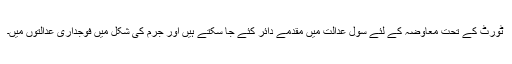
ٹورٹ کے تحت معاوضہ کے لئے سِوِل عدالت میں مقدمے دائر کئے جا سکتے ہیں اَور جرم کی شکل میں فوجداری عدالتوں میں۔